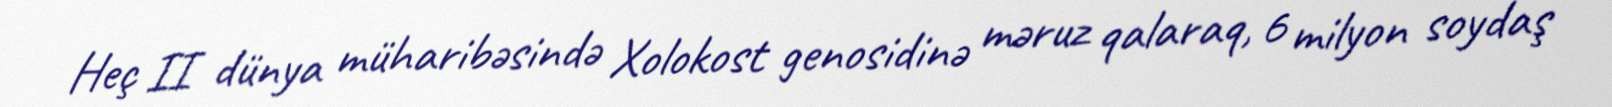
Heç II dünya müharibəsində Xolokost genosidinə məruz qalaraq, 6 milyon soydaş